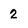
Character: 2